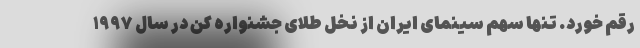
رقم خورد. تنها سهم سینمای ایران از نخل طلای جشنواره کن در سال ۱۹۹۷